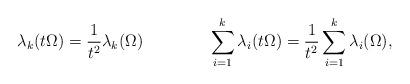
LaTeX: \begin{align*}\lambda_k(t\Omega)=\frac{1}{t^2}\lambda_k(\Omega)\qquad\qquad\sum_{i=1}^k\lambda_i(t\Omega)=\frac1{t^2}\sum_{i=1}^k\lambda_i(\Omega),\end{align*}